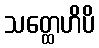
သတ္ထေဟိပိ